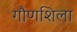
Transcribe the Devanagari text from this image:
गौणशिला